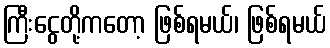
ကြီးငွေတို့ကတော့ ဖြစ်ရမယ်၊ ဖြစ်ရမယ်